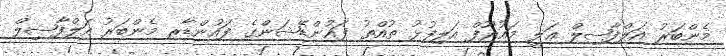
މެންބަރު އަލްފާޟިލް ޢަލީ މައުރޫފް އަލިފުޅު ތުއްތު ފައުންޑޭޝަންގެ ފައުންޑާރ މެންބަރު އަލްފާޟިލް